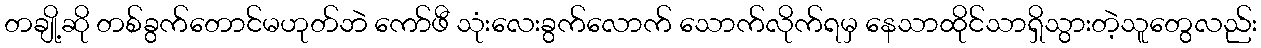
တချို့ဆို တစ်ခွက်တောင်မဟုတ်ဘဲ ကော်ဖီ သုံးလေးခွက်လောက် သောက်လိုက်ရမှ နေသာထိုင်သာရှိသွားတဲ့သူတွေလည်း